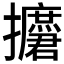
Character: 𱡑